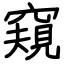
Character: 窺